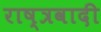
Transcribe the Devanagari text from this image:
राष्त्रवादी